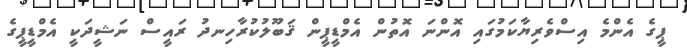
ޕީގެ އެންމެ އިސްވެރިޔާކަމުގައި އޮންނަ އޮތުން އެމްޑީޕީން ޤަބޫލުކުރާހިނދު ރައީސް ނަޝީދަކީ އެމްޑީޕީގެ